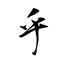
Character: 乎